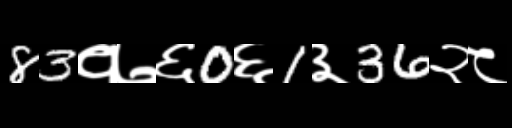
Text: 83१७६0६1३36२८